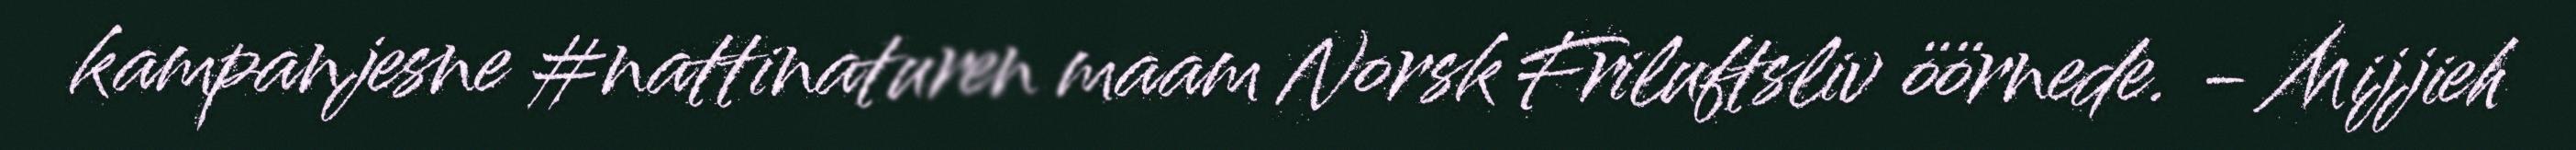
kampanjesne #nattinaturen maam Norsk Friluftsliv öörnede. - Mijjieh